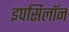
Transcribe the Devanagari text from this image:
इपसिलॉन